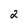
Character: 2